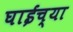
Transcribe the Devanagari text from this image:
घाईच्या